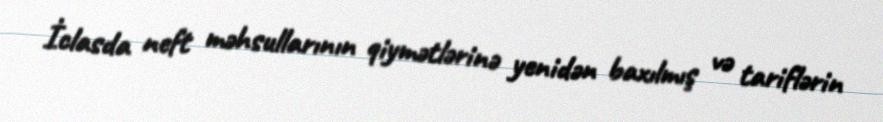
İclasda neft məhsullarının qiymətlərinə yenidən baxılmış və tariflərin